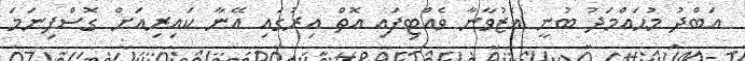
އަބްދު މުޙައްމަދު ބުނީ އެޒުވާނާ ވެއްޓިފައި އޮތް އިރުގައި އޭނާ ކައިރިއަށް ގޮސްފިނަމަ